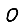
Digit: 0